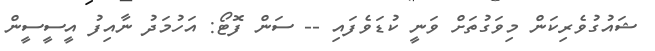
ޝައުގުވެރިކަން މިވަގުތަށް ވަނީ ކުޑަވެފައި -- ސަން ފޮޓޯ: އަހުމަދު ނާއިފު އީސީސީން